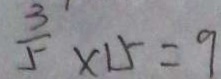
\frac { 3 } { 5 } \times 1 5 = 9